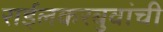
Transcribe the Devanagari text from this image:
राईलकरबुवांची